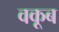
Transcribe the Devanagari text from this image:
वकूब